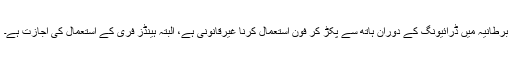
برطانیہ میں ڈرائیونگ کے دوران ہاتھ سے پکڑ کر فون استعمال کرنا غیرقانونی ہے، البتہ ہینڈز فری کے استعمال کی اجازت ہے۔